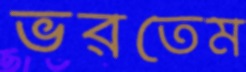
ভরতেম